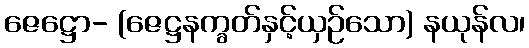
ဇေဋ္ဌော- (ဇေဋ္ဌနက္ခတ်နှင့်ယှဉ်သော) နယုန်လ၊